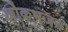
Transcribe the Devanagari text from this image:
लोकभजन